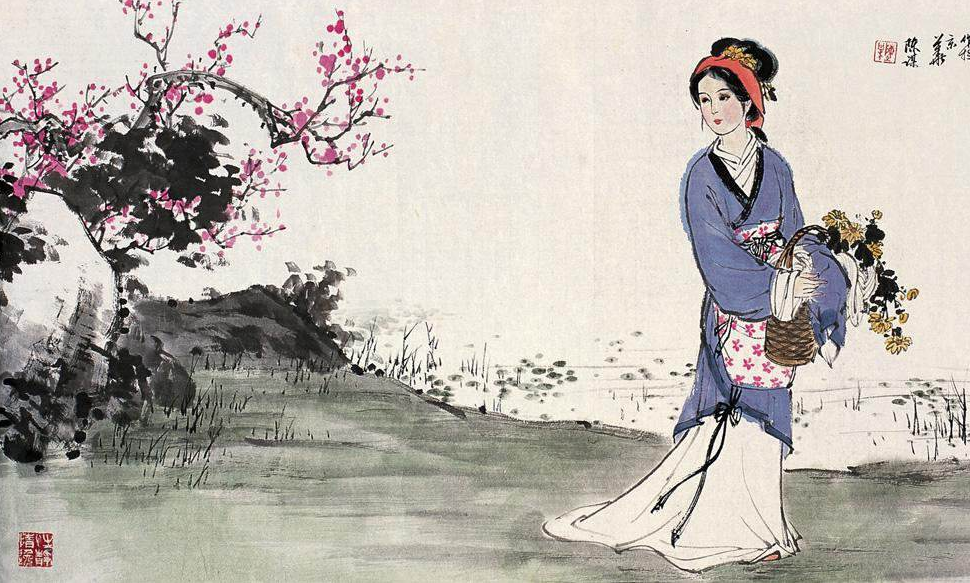
西施若解倾吴国，越国亡来又是谁。